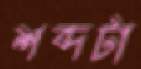
শব্দটা